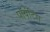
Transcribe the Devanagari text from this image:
पॉयंटिंग